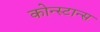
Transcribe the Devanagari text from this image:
कोन्स्टान्स